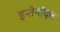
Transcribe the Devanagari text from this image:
इन्तेर्नोदल